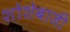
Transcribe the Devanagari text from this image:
शोशेबाजी